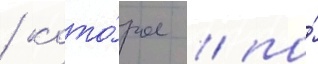
/ кото́рое / по́